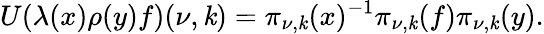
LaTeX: U(\lambda(x)\rho(y)f)(\nu,\mathit{k})=\pi_{\nu,\mathit{k}}(x)^{-1}\pi_{\nu,\mathit{k}}(f)\pi_{\nu,\mathit{k}}(y).